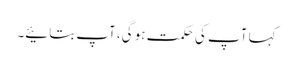
کہا آپ کی حکمت ہو گی، آپ بتائیے۔